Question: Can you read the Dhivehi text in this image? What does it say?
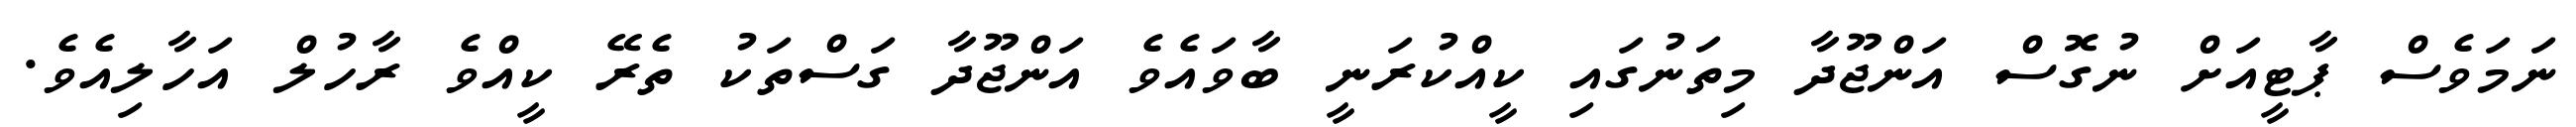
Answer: ނަމަވެސް ޕާޓީއަށް ނުގޮސް އަންޖޫދާ މިތަނުގައި ކީއްކުރަނީ ބާވައެވެ އަންޖޫދާ ގަސްތަކު ތެރޭ ކީއްވެ ރާހުލް އަހާލިއެވެ.